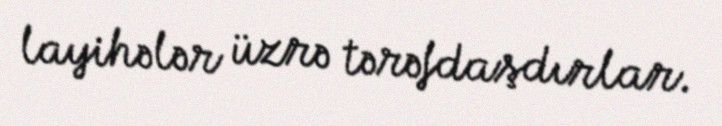
layihələr üzrə tərəfdaşdırlar.